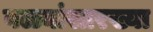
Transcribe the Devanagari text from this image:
वळ्यांसारख्या